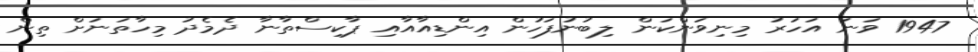
1947 ވަނަ އަހަރު މިނިވަންކަން ލިބުނުފަހުން އިންޑިއާއާއި ޕާކިސްތާނާ ދެމެދު މިހާތަނަށް ތިން